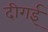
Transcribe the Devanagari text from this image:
दीगई